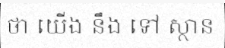
ថា យើង នឹង ទៅ ស្ថាន